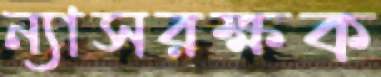
ন্যাসরক্ষক